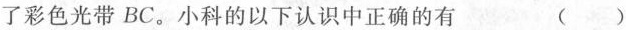
了彩色光带BC。小科的以下认识中正确的有 ( )